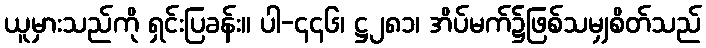
ယူမှားသည်ကို ရှင်းပြခန်း။ ပါ-၄၄၆၊ ဋ္ဌ၂၈၁၊ အိပ်မက်၌ဖြစ်သမျှစိတ်သည်